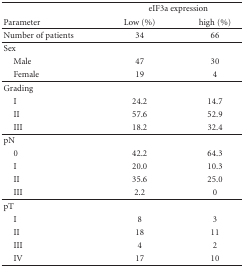
<table><thead><tr><td></td><td colspan="2"><b>eIF3a expression</b></td></tr><tr><td><b>Parameter</b></td><td><b>Low (%)</b></td><td><b>high (%)</b></td></tr><tr><td><b>Number of patients</b></td><td><b>34</b></td><td><b>66</b></td></tr></thead><tbody><tr><td>Sex</td><td></td><td></td></tr><tr><td> Male</td><td>47</td><td>30</td></tr><tr><td> Female</td><td>19</td><td>4</td></tr><tr><td>Grading</td><td></td><td></td></tr><tr><td> I</td><td>24.2</td><td>14.7</td></tr><tr><td> II</td><td>57.6</td><td>52.9</td></tr><tr><td> III</td><td>18.2</td><td>32.4</td></tr><tr><td>pN</td><td></td><td></td></tr><tr><td> 0</td><td>42.2</td><td>64.3</td></tr><tr><td> I</td><td>20.0</td><td>10.3</td></tr><tr><td> II</td><td>35.6</td><td>25.0</td></tr><tr><td> III</td><td>2.2</td><td>0</td></tr><tr><td>pT</td><td></td><td></td></tr><tr><td> I</td><td>8</td><td>3</td></tr><tr><td> II</td><td>18</td><td>11</td></tr><tr><td> III</td><td>4</td><td>2</td></tr><tr><td> IV</td><td>17</td><td>10</td></tr></tbody></table>